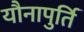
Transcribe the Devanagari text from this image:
यौनापुर्ति